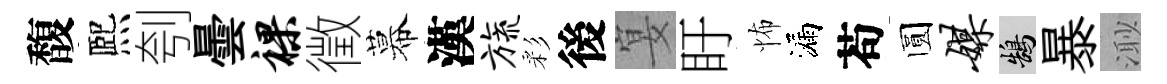
馥熈刳曇裸徵幕漢旒彩後宴盱怖漏苟圆媒鵠暴𣺌